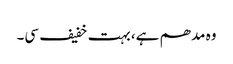
وہ مدھم ہے، بہت خفیف سی۔